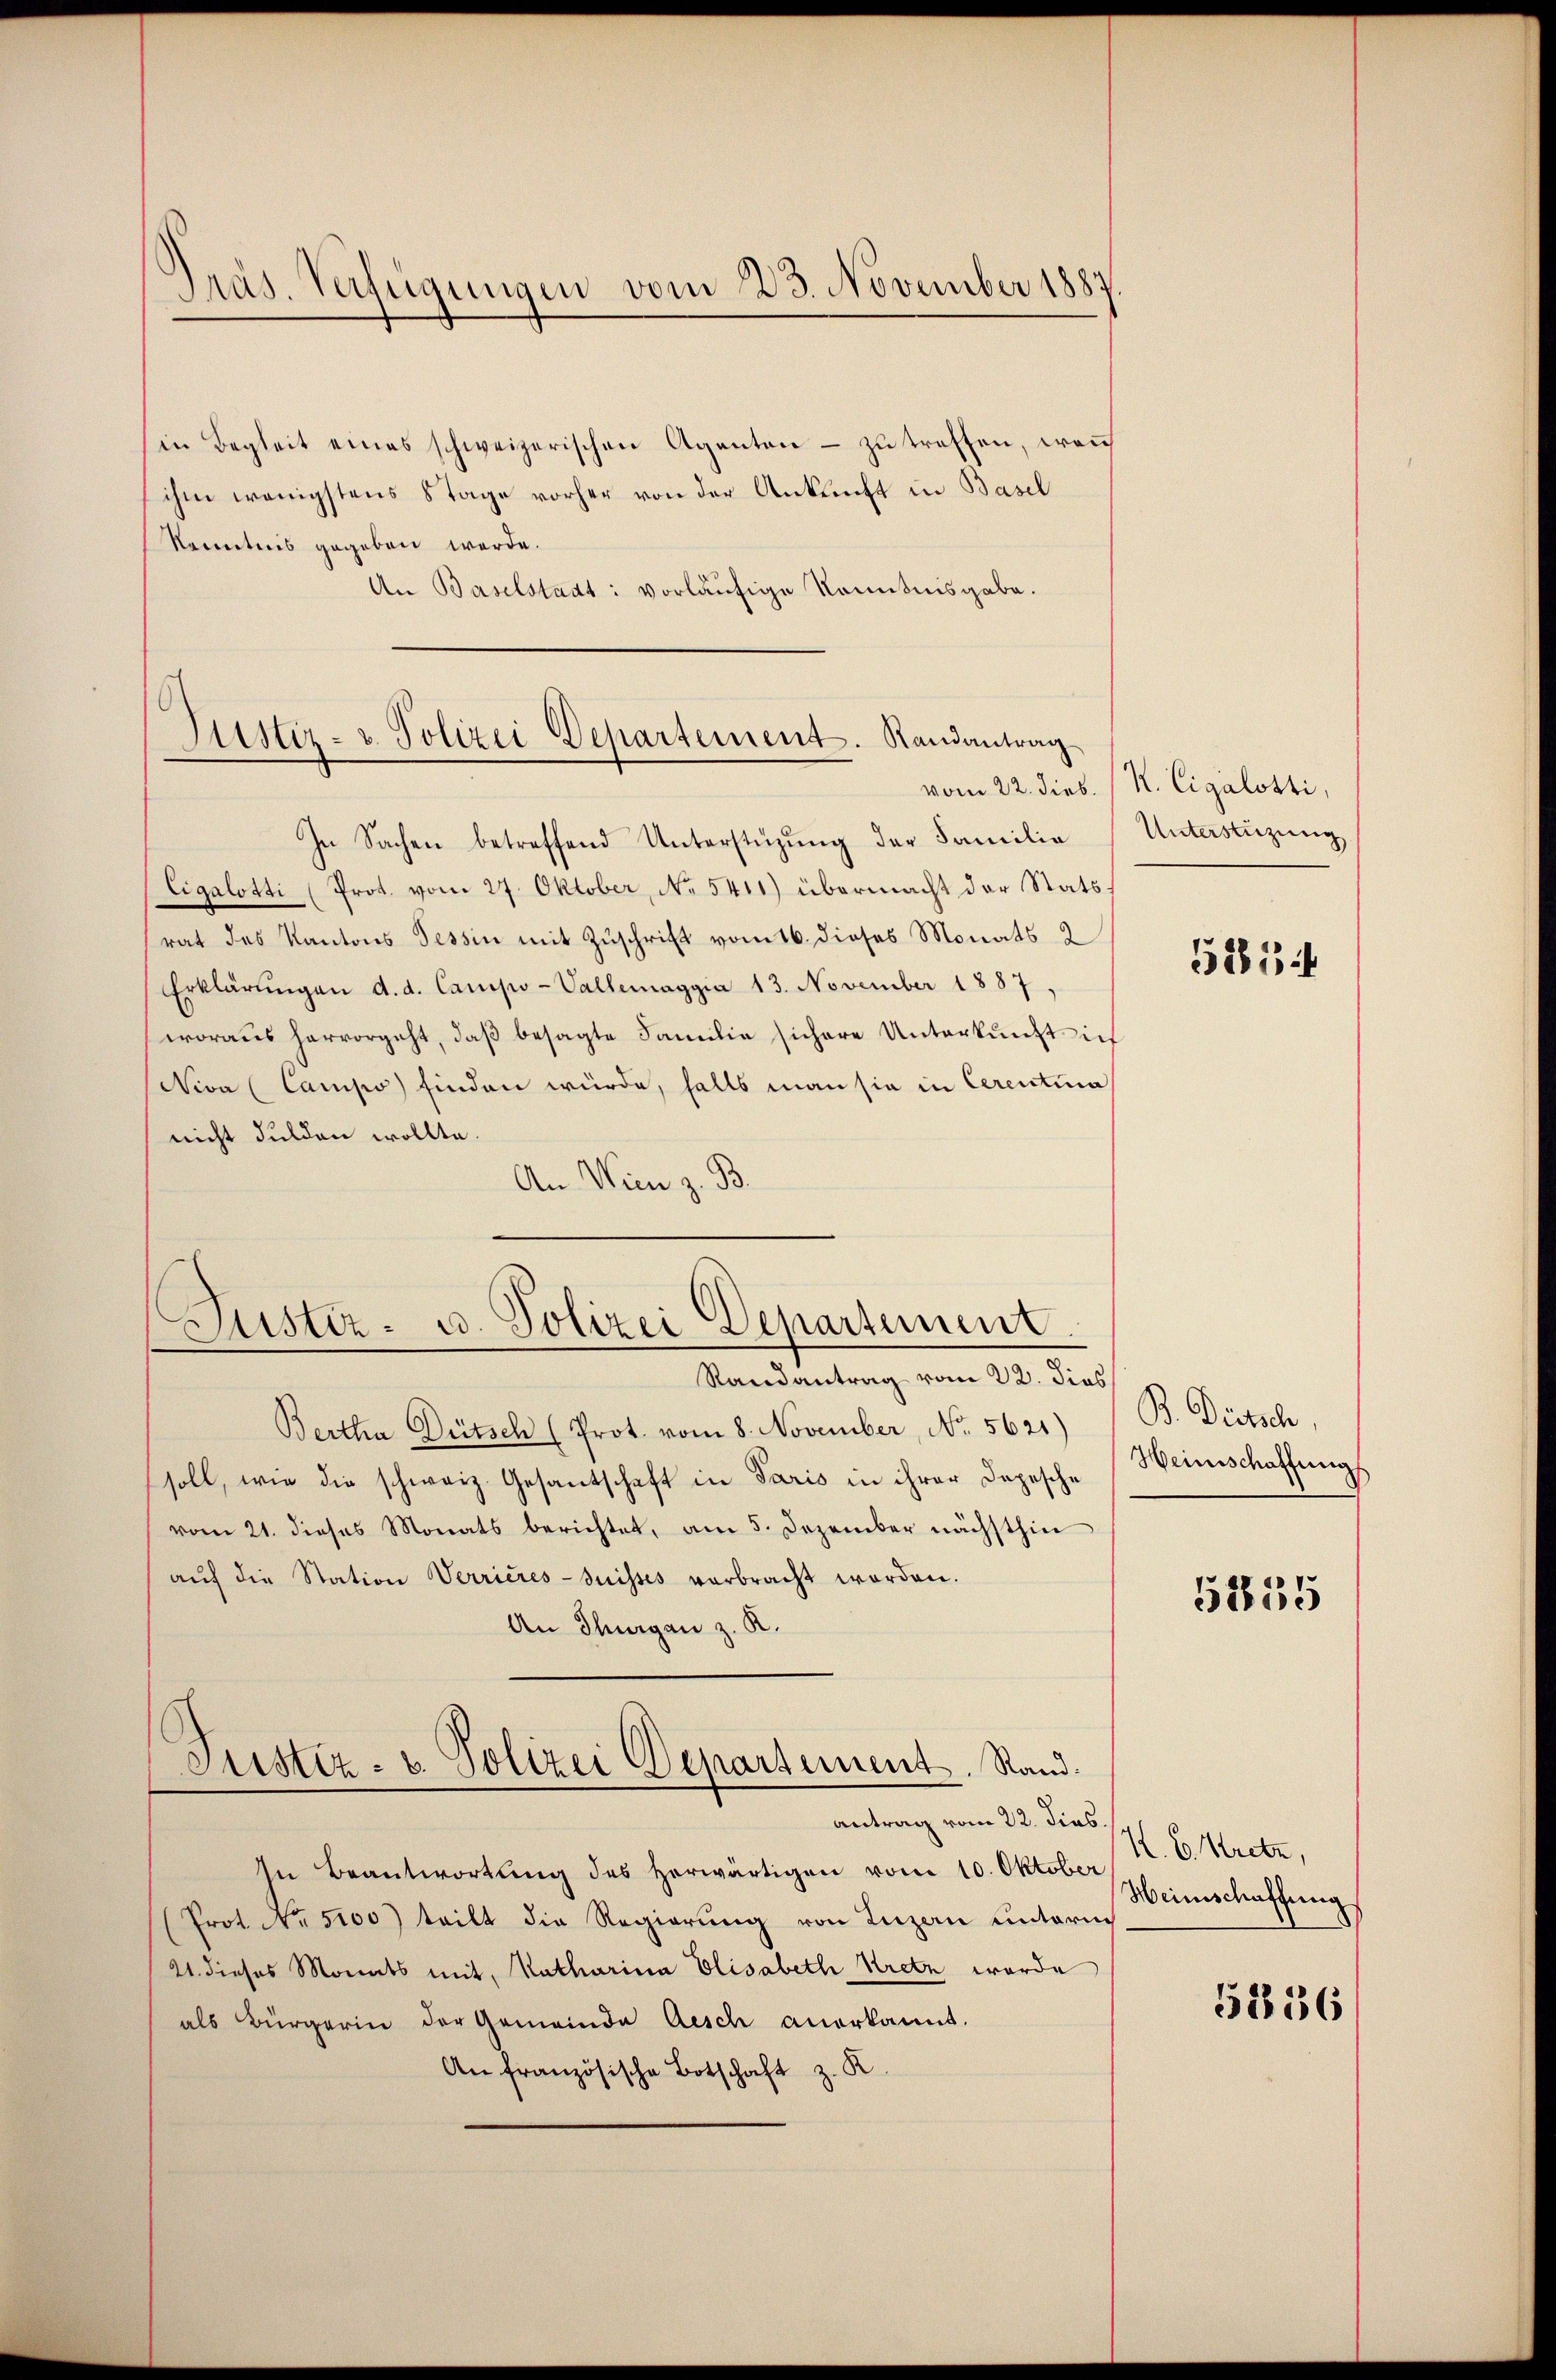
Präs. Verfügungen vom 23. November 1887

in Begleit eines schweizerischen Agenten - zu treffen, wen
ihm wenigstens 8 Tage vorher von der Ankunft in Basel
kenntnis gegeben werde.
An Baselstadt: vorläufige Kenntnisgabe.

Justiz- u. Polizei Departement. Randantrag

In Sachen betreffend Unterstüzung der Familie
Eigalotti (Prot. vom 27. Oktober, No 5411) übermacht der Statsrat des Kantons Tessin mit Zuschrift vom 16. dieses Monats 2
Erklärŭngen d. d. Camipo-Vallemaggia 13. November 1887.
woraus hervorgeht, daβ besagte Familie sichere Unterkunft ich
Niva (Campo finden würde, falls man sie in Cerentina
nicht dulden wollte.
An Wien z. B.

Justiz- u. Polizei Departement

Randantrag vom 22. dies
Bertha Dütsch (Prot. vom 8. November, No. 5621)
soll, wie die schweiz. Gesantschaft in Paris in ihrer Depesche
vom 21. dieses Monats berichtet, am 5. Dezember nächsthin
aŭf die Station Verrieres-Suisses verbracht worden.
An Thurgau z. K.

Justiz- u. Polizei Departement. Stand.
antrag vom 22. dies.

In Beantwortung des herwärtigen vom 10. Oktober
(Prot. No. 5100) teilt die Regierung von Luzen untern
21. dieses Monats mit, Ratharina Elisabeth Kretn worde
als Bürgerin der Gemeinde Aesch anerkannt.
An französische Botschaft z. K

vom 22. dies. (R. Cigalotti,
Unterstüzung

525

B. Dietsch,
Heinschaffung

5855

K. E. Kretz,
Heimschaffung

5236